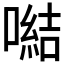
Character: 𪢍